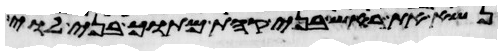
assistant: נשא את ראש בני קהת מתוך בני לוי